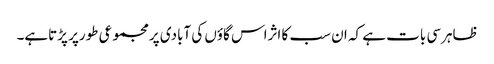
ظاہرسی بات ہے کہ ان سب کا اثراس گاؤں کی آبادی پرمجموعی طورپر پڑتاہے۔